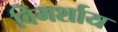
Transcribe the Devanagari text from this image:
विमर्शाय